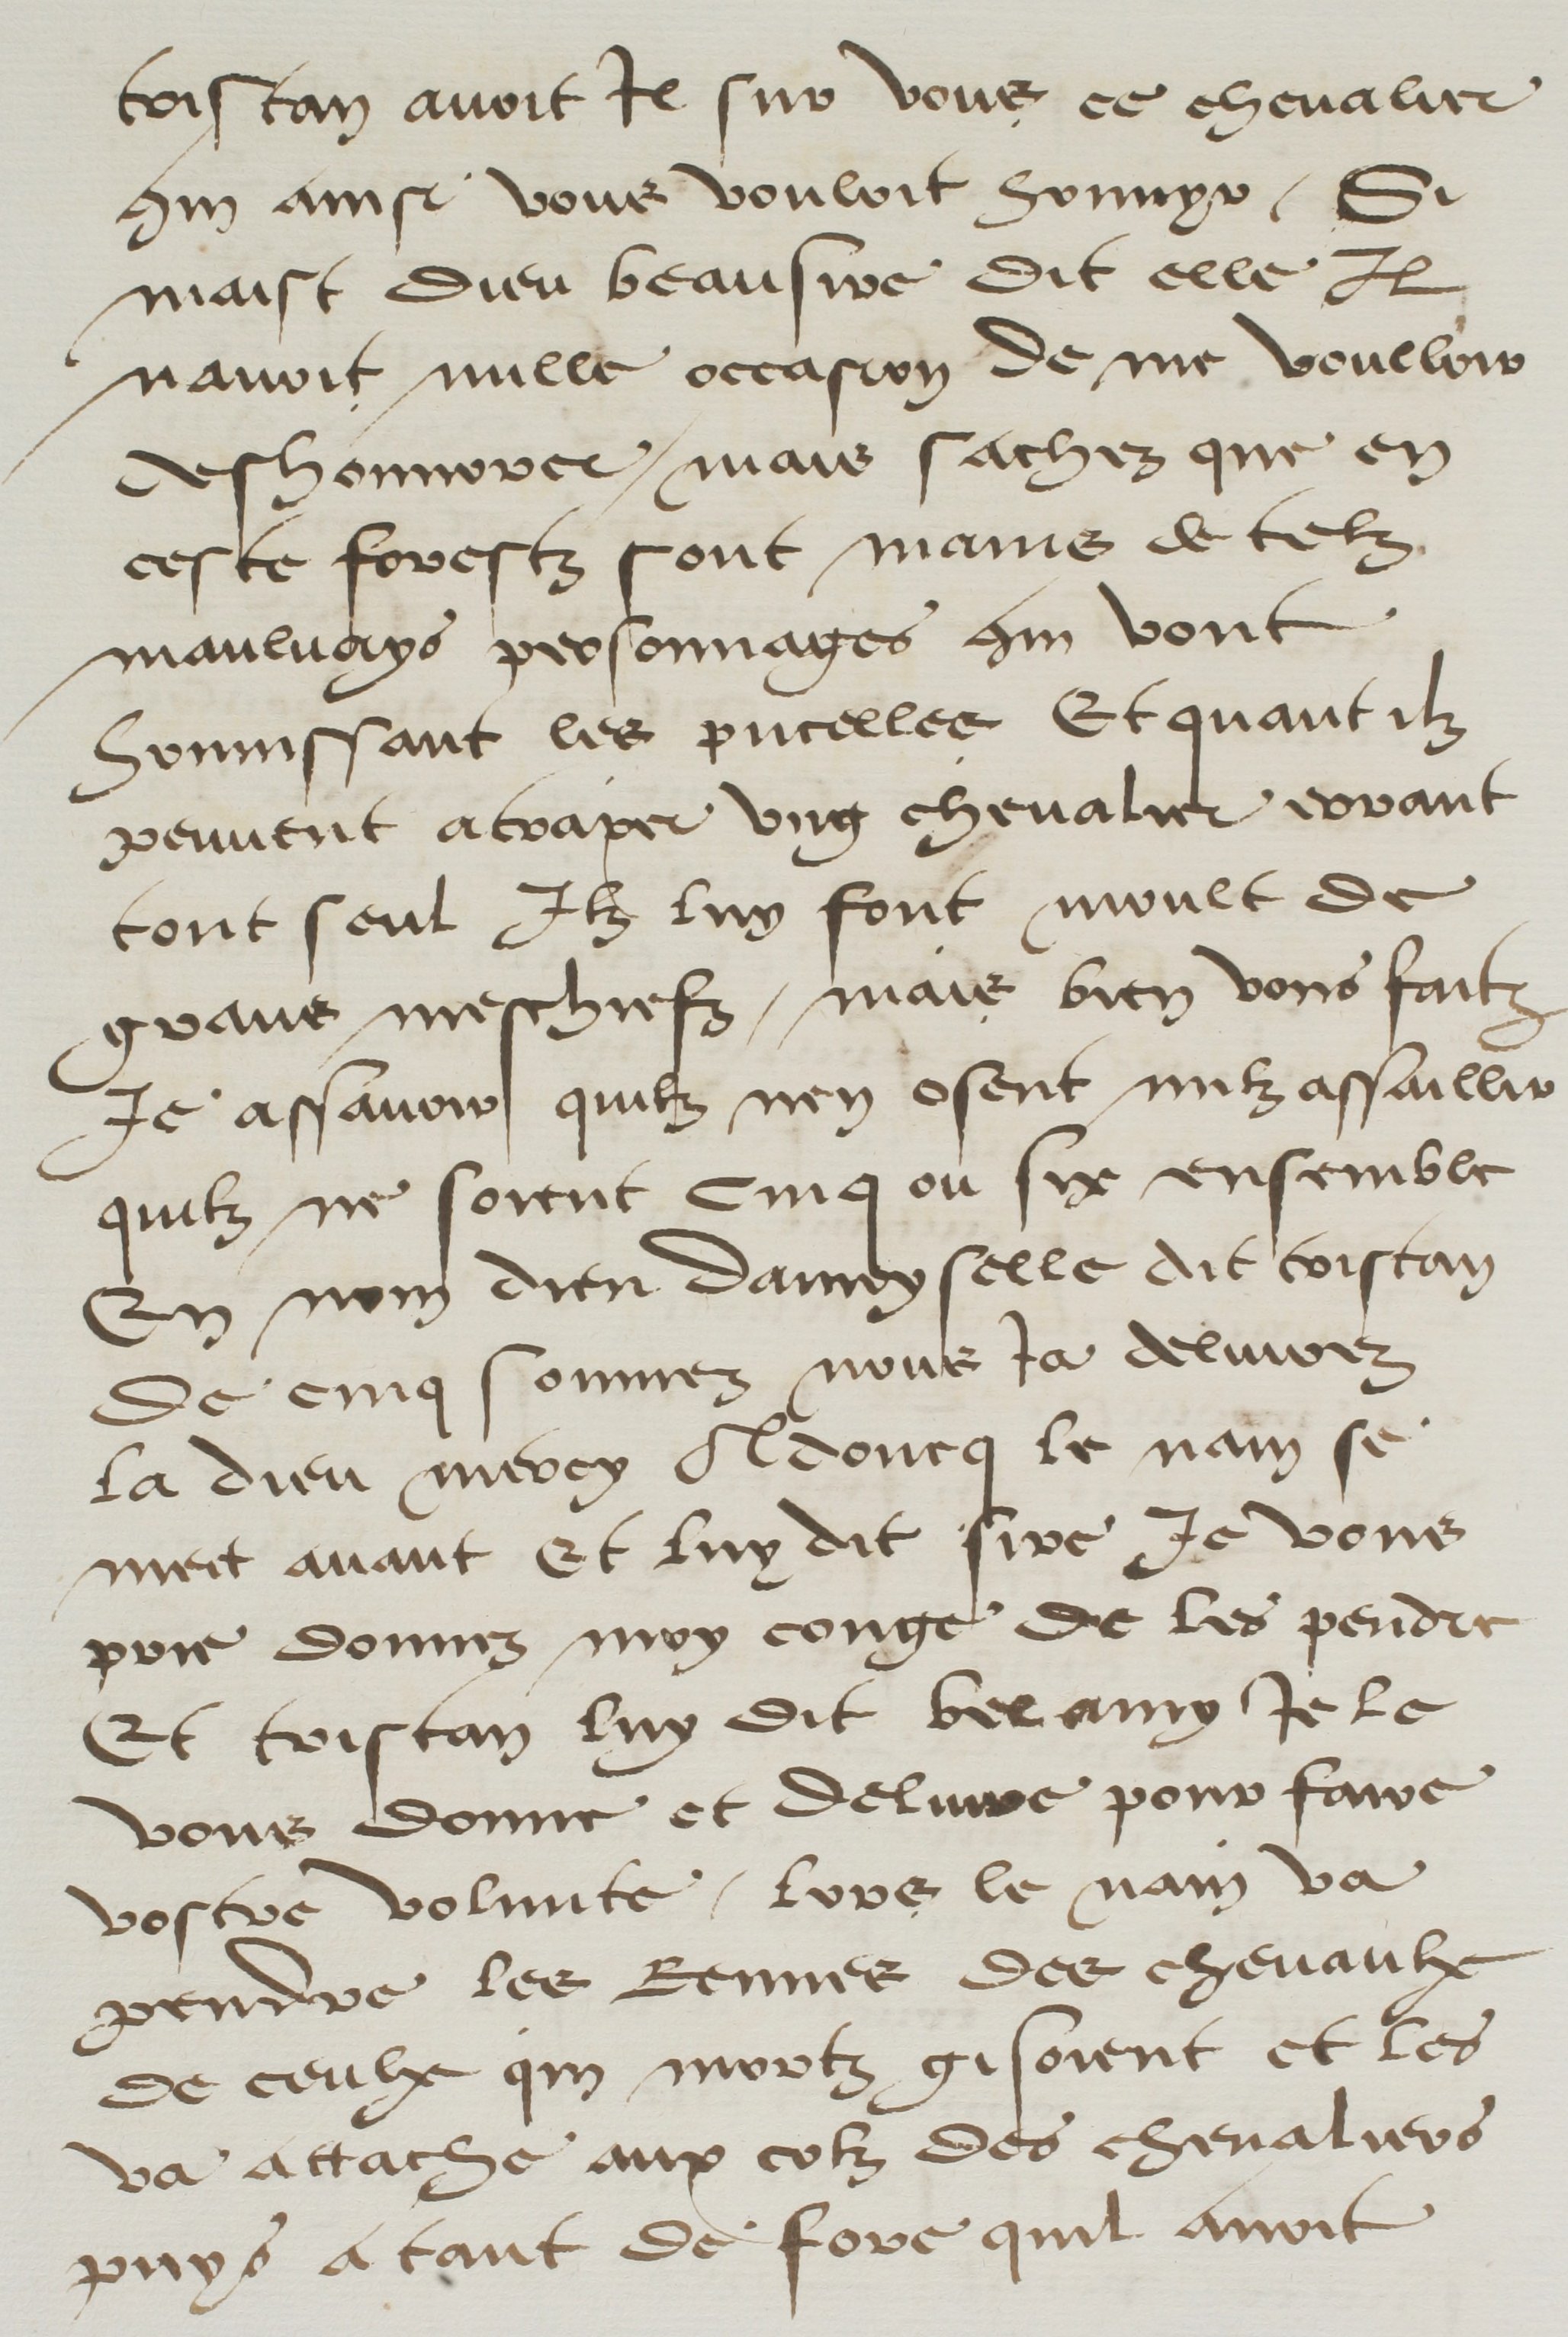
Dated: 1500–1599